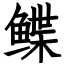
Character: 鲽